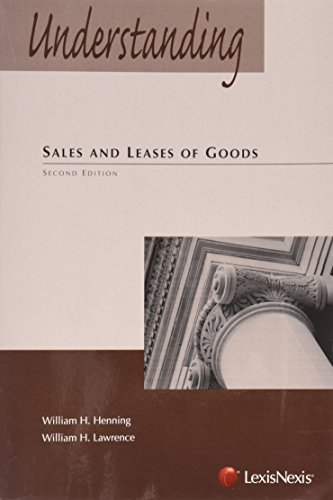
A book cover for Understanding Sales and Leases of Goods; William H. Henning; Law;